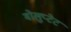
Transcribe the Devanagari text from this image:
वोलुप्टेट